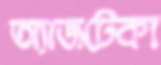
অ্যাজটেকা